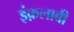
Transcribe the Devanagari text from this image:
इंक़लाबी